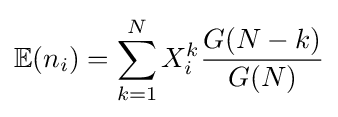
\mathbb {E} (n_{i})=\sum _{k=1}^{N}X_{i}^{k}{\frac {G(N-k)}{G(N)}}